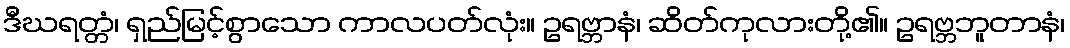
ဒီဃရတ္တံ၊ ရှည်မြင့်စွာသော ကာလပတ်လုံး။ ဥရဗ္ဘာနံ၊ ဆိတ်ကုလားတို့၏။ ဥရဗ္ဘဘူတာနံ၊